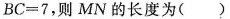
BC=7，则MN的长度为( )